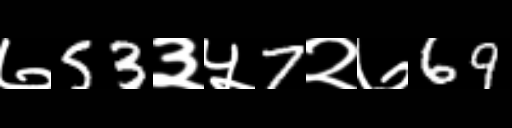
Text: ७53३५7२७69